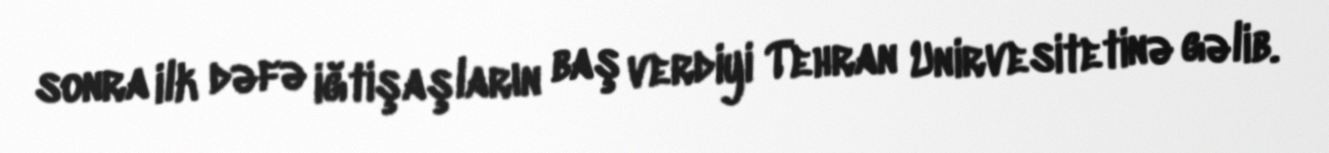
sonra ilk dəfə iğtişaşların baş verdiyi Tehran Unirvesitetinə gəlib.